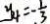
y _ { 4 } = - \frac { 1 } { 3 }